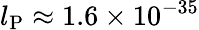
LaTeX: l_{\textrm{P}}\approx 1.6\times 10^{-35}